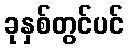
ခုနှစ်တွင်ပင်